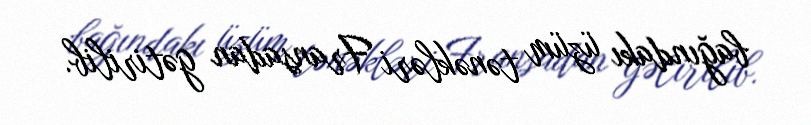
bağındakı üzüm tənəkləri Fransadan gətirilib.